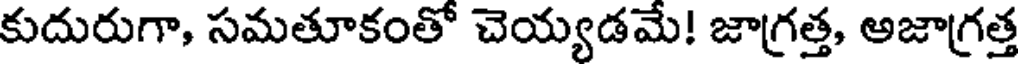
కుదురుగా, సమతూకంతో చెయ్యడమే! జాగ్రత్త, అజాగ్రత్త